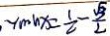
\min x = \frac { 1 } { 2 } - \frac { \sqrt { 3 } } { 2 }